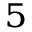
^ { 5 }